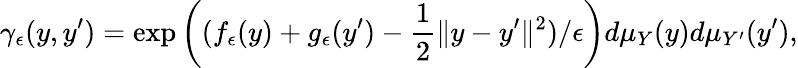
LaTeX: \gamma_{\epsilon}(y,y^{\prime})=\exp\left((f_{\epsilon}(y)+g_{\epsilon}(y^{\prime})-\frac{1}{2}\| y-y^{\prime}\| ^{2})/\epsilon\right)d\mu_{Y}(y)d\mu_{Y^{\prime}}(y^{\prime}),